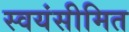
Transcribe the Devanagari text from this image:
स्वयंसीमित